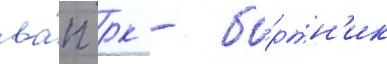
ва́п рк - бо́ртн'ик